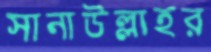
সানাউল্লাহর